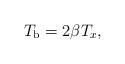
LaTeX: \begin{align*}T_{\rm b}=2\beta T_{x},\end{align*}